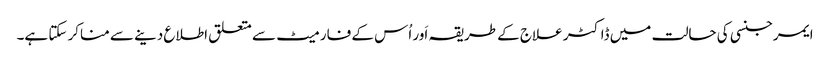
ایمرجنسی کی حالت میں ڈاکٹر علاج کے طریقہ اَور اُس کے فارمیٹ سے متعلق اطلاع دینے سے مناکر سکتا ہے۔